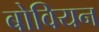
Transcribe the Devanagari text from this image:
बोवियन